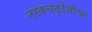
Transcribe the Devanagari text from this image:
नरकचतुर्दशीच्या